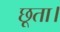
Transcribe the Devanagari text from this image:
छूता।